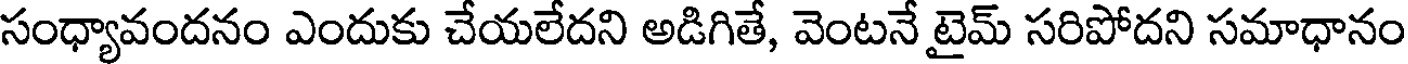
సంధ్యావందనం ఎందుకు చేయలేదని అడిగితే, వెంటనే టైమ్ సరిపోదని సమాధానం